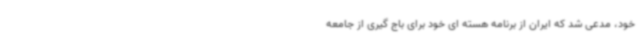
خود، مدعی شد که ایران از برنامه هسته ای خود برای باج گیری از جامعه